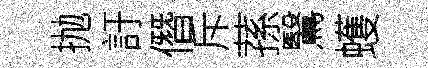
抛訏僭斥蓀鷖蠖